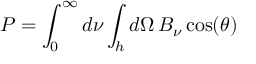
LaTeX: P = \int _ { 0 } ^ { \infty } d \nu \int _ { h } d \Omega \, B _ { \nu } \cos ( \theta )